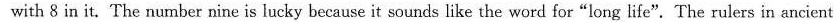
with 8 in it. The number nine is lucky because it sounds like the word for"long life". The rulers in ancient